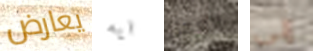
يعارض ايه العمل إلى